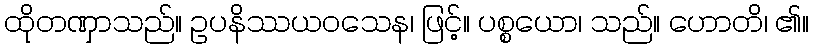
ထိုတဏှာသည်။ ဥပနိဿယဝသေန၊ ဖြင့်။ ပစ္စယော၊ သည်။ ဟောတိ၊ ၏။